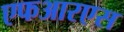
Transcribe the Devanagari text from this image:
एफआरएस